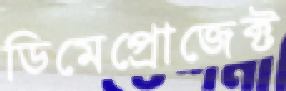
ডিমেপ্রোজেক্ট